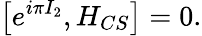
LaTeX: \left[e^{i\pi I_{2}},H_{CS}\right]=0.